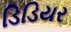
ડિડિયર